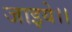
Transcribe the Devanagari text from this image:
जाइये।।